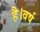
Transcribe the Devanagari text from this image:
है।वर्ष